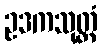
ဥဒကသုတ္တံ